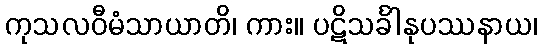
ကုသလဝီမံသာယာတိ၊ ကား။ ပဋိသင်္ခါနုပဿနာယ၊